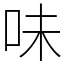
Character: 味